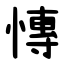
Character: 慱